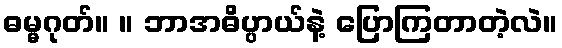
ဓမ္မဂုတ်။ ။ ဘာအဓိပ္ပာယ်နဲ့ ပြောကြတာတဲ့လဲ။